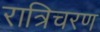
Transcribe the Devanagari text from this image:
रात्रिचरण